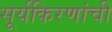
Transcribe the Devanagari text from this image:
सूर्यकिरणांची